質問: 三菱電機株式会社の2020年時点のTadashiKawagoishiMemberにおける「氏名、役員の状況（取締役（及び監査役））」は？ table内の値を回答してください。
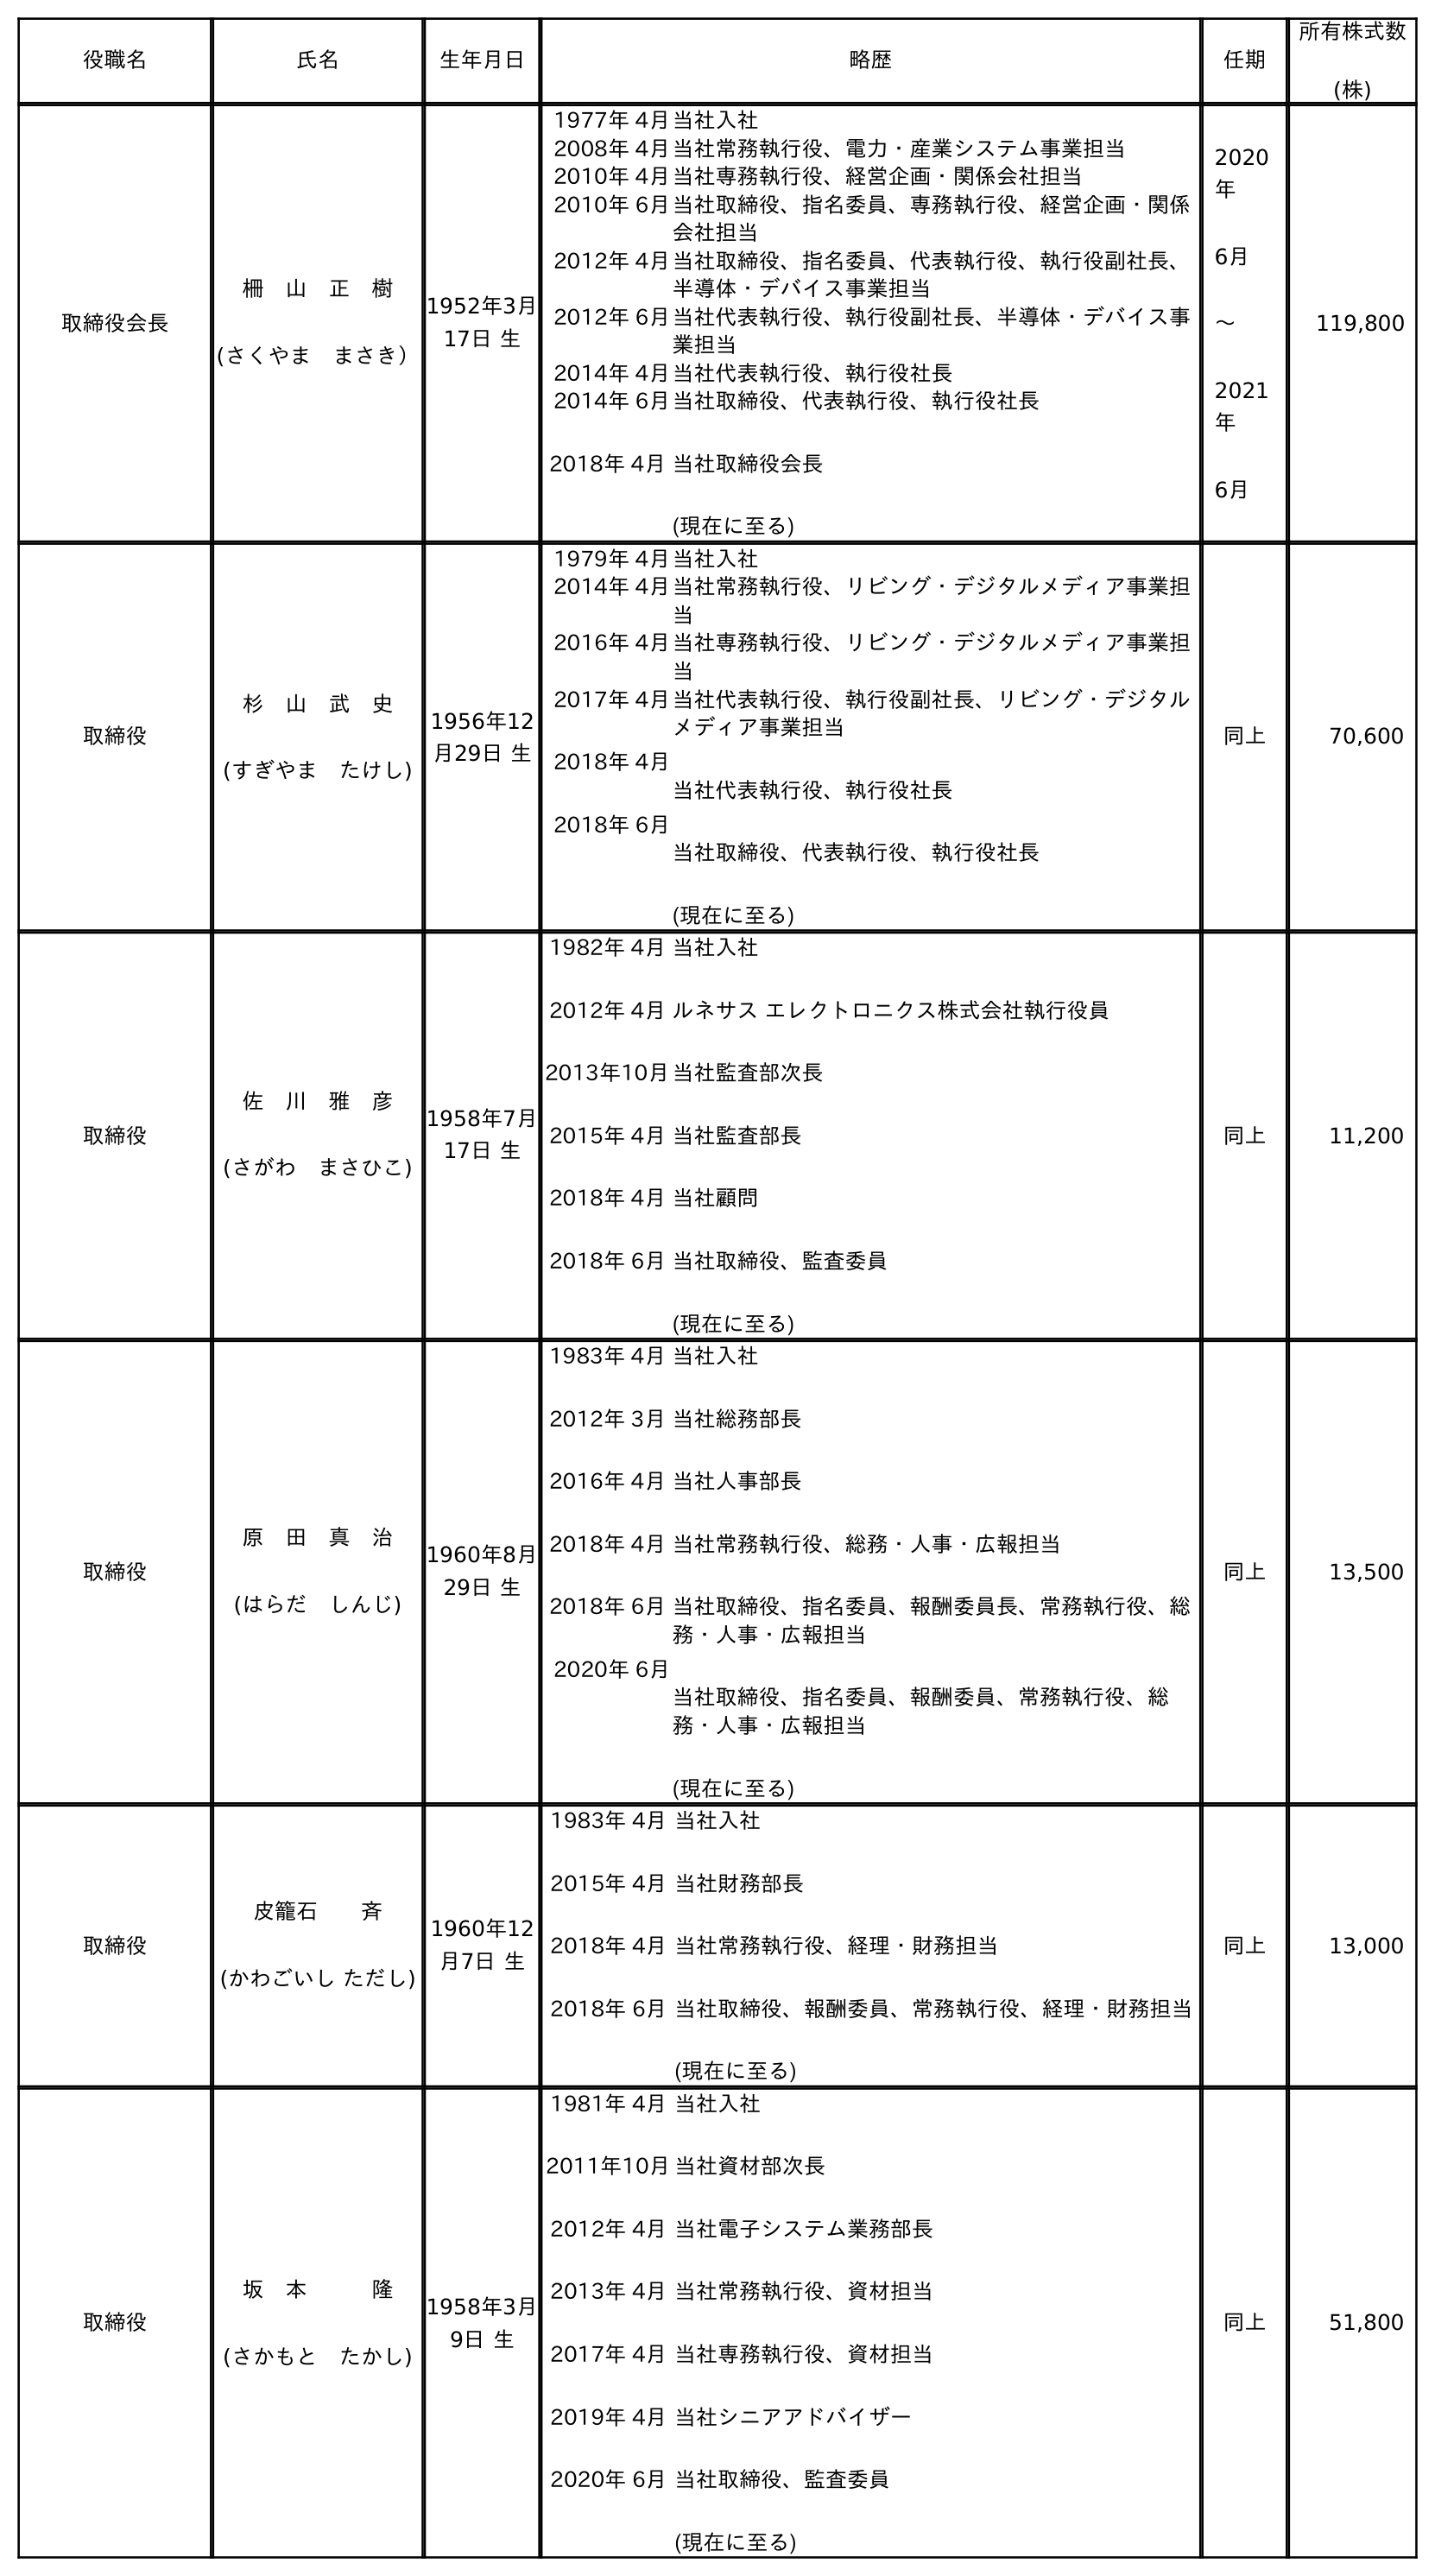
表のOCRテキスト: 役職名 氏名 生年月日 略歴 任期 所有株式数 (株) 取締役会長 柵 山 正 樹 (さくやま まさき） 1952年3月 17日 生 1977年 4月当社入社 2008年 4月当社常務執行役、電力・産業システム事業担当 2010年 4月当社専務執行役、経営企画・関係会社担当 2010年 6月当社取締役、指名委員、専務執行役、経営企画・関係 会社担当 2012年 4月当社取締役、指名委員、代表執行役、執行役副社長、 半導体・デバイス事業担当 2012年 6月当社代表執行役、執行役副社長、半導体・デバイス事 業担当 2014年 4月当社代表執行役、執行役社長 2014年 6月 2018年 4月 当社取締役、代表執行役、執行役社長 当社取締役会長 (現在に至る) 2020 年 6月 〜 2021 年 6月 119,800 取締役 杉 山 武 史 (すぎやま たけし) 1956年12 月29日 生 1979年 4月当社入社 2014年 4月当社常務執行役、リビング・デジタルメディア事業担 当 2016年 4月当社専務執行役、リビング・デジタルメディア事業担 当 2017年 4月 2018年 4月 2018年 6月 当社代表執行役、執行役副社長、リビング・デジタル メディア事業担当 当社代表執行役、執行役社長 当社取締役、代表執行役、執行役社長 (現在に至る) 同上 70,600 取締役 佐 川 雅 彦 (さがわ まさひこ) 1958年7月 17日 生 1982年 4月 2012年 4月 2013年10月 2015年 4月 2018年 4月 2018年 6月 当社入社 ルネサス エレクトロニクス株式会社執行役員 当社監査部次長 当社監査部長 当社顧問 当社取締役、監査委員 (現在に至る) 同上 11,200 取締役 原 田 真 治 (はらだ しんじ) 1960年8月 29日 生 1983年 4月 2012年 3月 2016年 4月 2018年 4月 2018年 6月 2020年 6月 当社入社 当社総務部長 当社人事部長 当社常務執行役、総務・人事・広報担当 当社取締役、指名委員、報酬委員長、常務執行役、総 務・人事・広報担当 当社取締役、指名委員、報酬委員、常務執行役、総 務・人事・広報担当 (現在に至る) 同上 13,500 取締役 皮籠石  斉 (かわごいし ただし) 1960年12 月7日 生 1983年 4月 2015年 4月 2018年 4月 2018年 6月 当社入社 当社財務部長 当社常務執行役、経理・財務担当 当社取締役、報酬委員、常務執行役、経理・財務担当 (現在に至る) 同上 13,000 取締役 坂 本   隆 (さかもと たかし) 1958年3月 9日 生 1981年 4月 2011年10月 2012年 4月 2013年 4月 2017年 4月 2019年 4月 2020年 6月 当社入社 当社資材部次長 当社電子システム業務部長 当社常務執行役、資材担当 当社専務執行役、資材担当 当社シニアアドバイザー 当社取締役、監査委員 (現在に至る) 同上 51,800
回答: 皮籠石斉(かわごいし ただし)